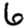
Digit: 6